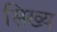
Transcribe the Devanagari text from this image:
सिख्य